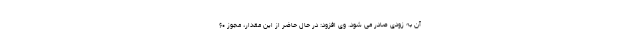
آن به زودی صادر می شود. وی افزود: در حال حاضر از این مقدار، مجوز ۶۰